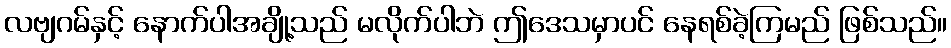
လဗျဂမ်နှင့် နောက်ပါအချို့သည် မလိုက်ပါဘဲ ဤဒေသမှာပင် နေရစ်ခဲ့ကြမည် ဖြစ်သည်။